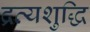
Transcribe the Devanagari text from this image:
द्रव्यशुद्धि